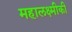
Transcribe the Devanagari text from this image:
महालक्ष्मीकी